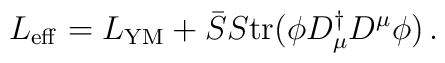
L_{\rm eff}=L_{\rm YM}+\bar SS{\rm tr}(\phi D^\dagger_\mu D^\mu\phi)\,.